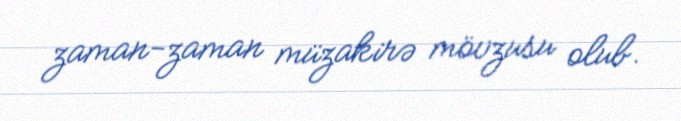
zaman-zaman müzakirə mövzusu olub.